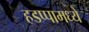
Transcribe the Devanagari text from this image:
हडप्पामध्ये